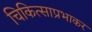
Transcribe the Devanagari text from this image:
चिकित्साप्रभाकर